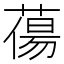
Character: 𮐲